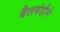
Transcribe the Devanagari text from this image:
बैलबंडीने